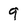
Character: 9